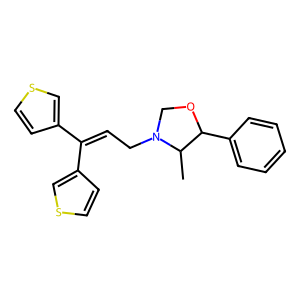
SMILES: CC1C(c2ccccc2)OCN1CC=C(c1ccsc1)c1ccsc1
Inhibits HIV replication: No